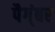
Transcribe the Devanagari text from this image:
पैग्ंबर